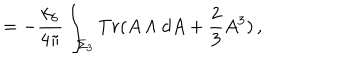
= - \frac { k _ { 6 } } { 4 \pi } \int _ { \Sigma _ { 3 } } T r ( A \wedge d A + \frac { 2 } { 3 } A ^ { 3 } ) \, ,